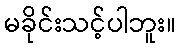
မခိုင်းသင့်ပါဘူး။